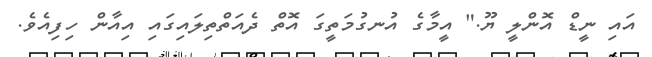
އައި ނީޑް އޮންލީ ޔޫ." އީމާގެ އުނގުމަތީގަ އޮތް ދެއަތްތިލައިގައި އިއާން ހިފިއެވެ.